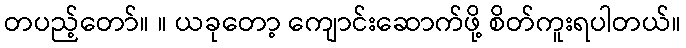
တပည့်တော်။ ။ ယခုတော့ ကျောင်းဆောက်ဖို့ စိတ်ကူးရပါတယ်။